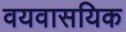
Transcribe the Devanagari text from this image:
वयवासयिक